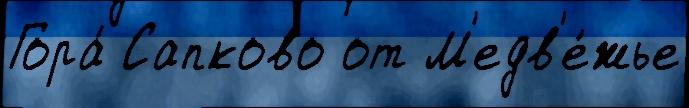
Гора́ Сапково от М'едв'е́жье